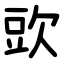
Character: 㰯